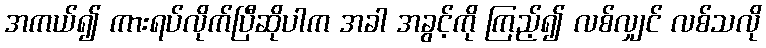
အကယ်၍ ကားရပ်လိုက်ပြီဆိုပါက အခါ အခွင့်ကို ကြည့်၍ လစ်လျှင် လစ်သလို